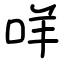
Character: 咩